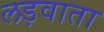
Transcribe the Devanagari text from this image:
लड़वाता